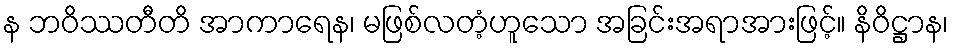
န ဘဝိဿတီတိ အာကာရေန၊ မဖြစ်လတံ့ဟူသော အခြင်းအရာအားဖြင့်။ နိဝိဋ္ဌာန၊